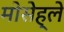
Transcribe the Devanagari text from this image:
मोसेह्ले